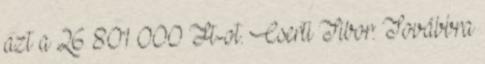
azt a 26 801 000 Ft-ot. Cserti Tibor: Továbbra